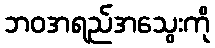
ဘဝအရည်အသွေးကို